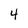
Character: 4